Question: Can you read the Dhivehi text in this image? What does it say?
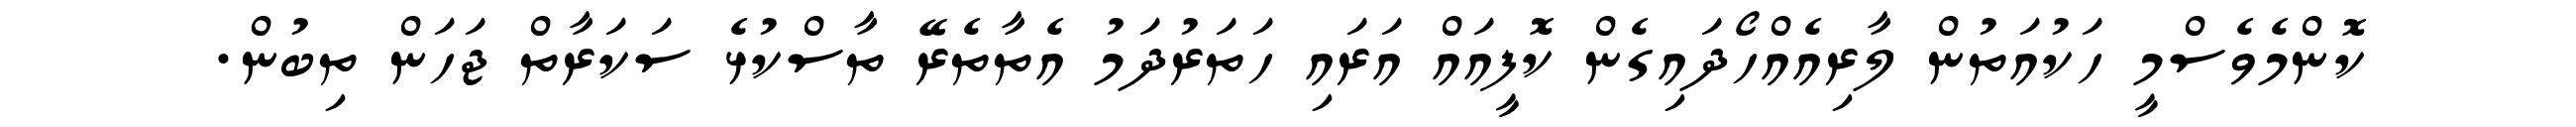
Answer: ކޮންމެވެސްމީ ހަކުއަތުން ލާރިއެއްހޯދައިގެން ކޮފީއައް އަރައި ހަތަރުދަމު އެތާތެރޭ ތާސްކުޅެ ސަކަރާތް ޖަހަން ތިބުން.